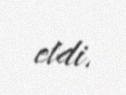
etdi.